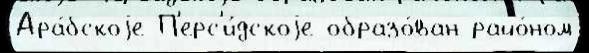
Ара́бскоjе П'ерс'и́дскоjе образо́ван райо́ном